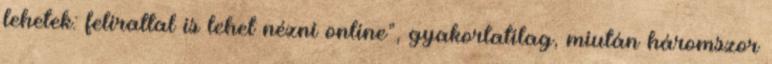
lehetek: felirattal is lehet nézni online”, gyakorlatilag, miután háromszor